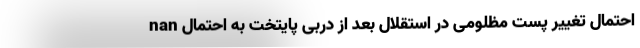
nan احتمال تغییر پست مظلومی در استقلال بعد از دربی پایتخت به احتمال